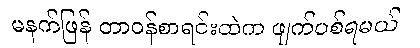
မနက်ဖြန် တာဝန်စာရင်းထဲက ဖျက်ပစ်ရမယ်